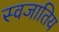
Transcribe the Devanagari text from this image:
स्वजातिय